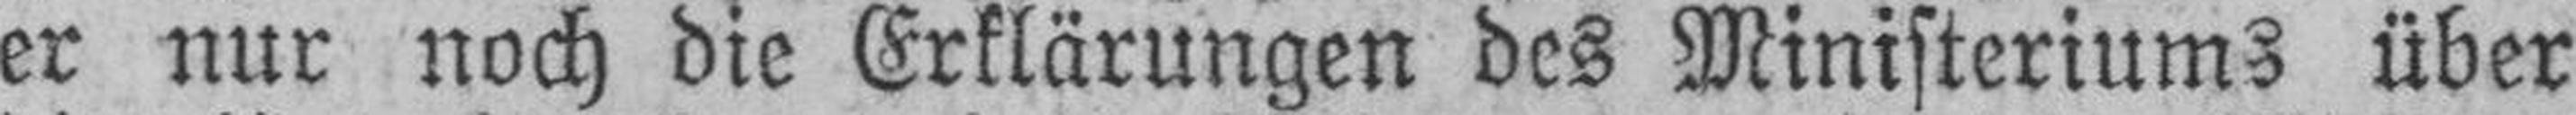
er nur noch die Erklärungen des Ministeriums über